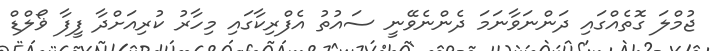
ޖުމްލަ ގޮތެއްގައި ދަންނަވާނަމަ ދެންނެވޭނީ ސައުތު އެފްރިކާގައި މިހާރު ކުރިއަށްދާ ފީފާ ޥޯލްޑް